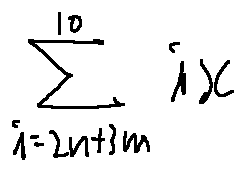
\sum \limits _ { i = 2 n + 3 m } ^ { 1 0 } i x